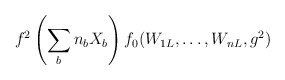
\begin{align*}f^2\left(\sum_bn_bX_b\right)f_0(W_{1L},\ldots,W_{nL},g^2)\end{align*}